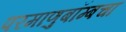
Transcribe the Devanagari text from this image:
परमाणुबॉम्बचा